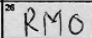
Transcription: RMO